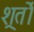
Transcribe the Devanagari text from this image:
शर्र्तों